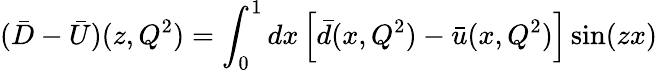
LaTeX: (\bar{D}-\bar{U})(z,Q^{2})=\int_{0}^{1}dx\left[\bar{d}(x,Q^{2})-\bar{u}(x,Q^{2})\right]\sin(zx)